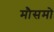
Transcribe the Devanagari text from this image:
मौसमो